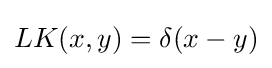
LK(x,y)=\delta (x-y)